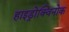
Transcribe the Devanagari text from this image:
हाइड्रोक्विनोक